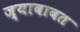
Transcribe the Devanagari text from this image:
ज्याबाबत